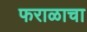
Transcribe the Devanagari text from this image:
फराळाचा